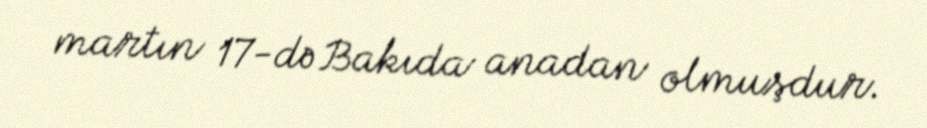
martın 17-də Bakıda anadan olmuşdur.